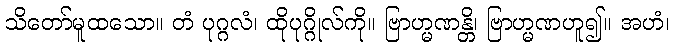
သိတော်မူထသော။ တံ ပုဂ္ဂလံ၊ ထိုပုဂ္ဂိုလ်ကို။ ဗြာဟ္မဏန္တိ၊ ဗြာဟ္မဏဟူ၍။ အဟံ၊